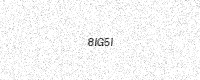
Text: 8IG5I